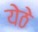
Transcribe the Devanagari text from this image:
येठे